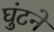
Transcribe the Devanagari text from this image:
घुंटने